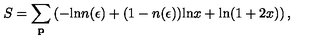
S = \sum _ { \bf p } \left( - \mathrm { l n } n ( \epsilon ) + ( 1 - n ( \epsilon ) ) \mathrm { l n } x + \mathrm { l n } ( 1 + 2 x ) \right) ,